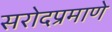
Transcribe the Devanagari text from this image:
सरोदप्रमाणे